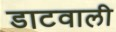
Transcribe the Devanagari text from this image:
डाटवाली